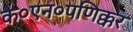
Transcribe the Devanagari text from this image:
के०एन०पणिक्कर